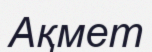
Ақмет